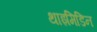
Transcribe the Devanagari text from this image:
थाइमिडिन